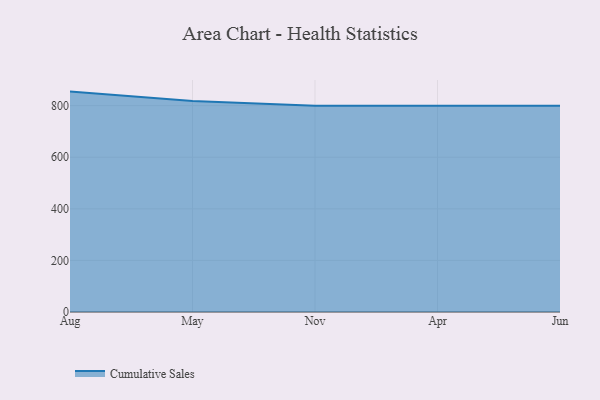
{"axis": {"x": "Month", "y": "Page Views"}, "legend": ["Cumulative Sales"], "data": [{"x": "Aug", "y": 854.4, "type": "Cumulative Sales"}, {"x": "May", "y": 817.6, "type": "Cumulative Sales"}, {"x": "Nov", "y": 800, "type": "Cumulative Sales"}, {"x": "Apr", "y": 800, "type": "Cumulative Sales"}, {"x": "Jun", "y": 800, "type": "Cumulative Sales"}]}